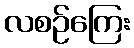
လစဉ်ကြေး